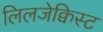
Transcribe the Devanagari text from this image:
लिलजेक्विस्ट